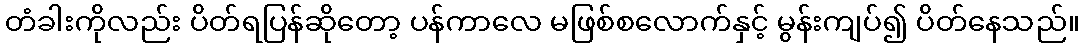
တံခါးကိုလည်း ပိတ်ရပြန်ဆိုတော့ ပန်ကာလေ မဖြစ်စလောက်နှင့် မွန်းကျပ်၍ ပိတ်နေသည်။